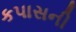
કપાસની